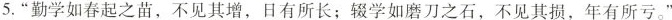
5.“勤学如春起之苗，不见其增，日有所长；辍学如磨刀之石，不见其损，年有所亏。”